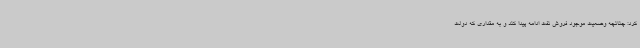
کرد: چنانچه وضعیت موجود فروش نفت ادامه پیدا کند و به مقداری که دولت